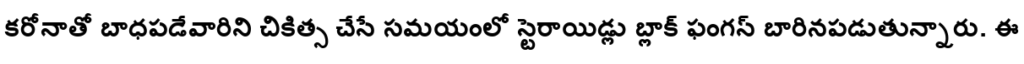
కరోనాతో బాధపడేవారిని చికిత్స చేసే సమయంలో స్టెరాయిడ్లు బ్లాక్ ఫంగస్ బారినపడుతున్నారు. ఈ